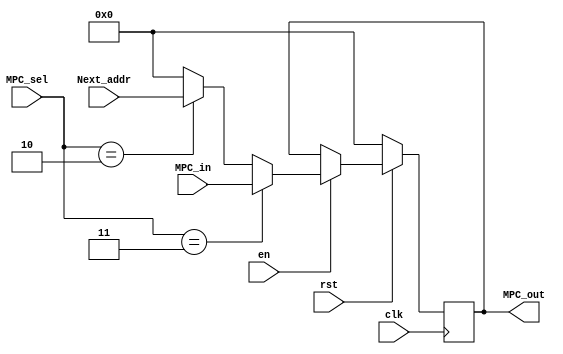
`timescale 1ns / 1ps
//////////////////////////////////////////////////////////////////////////////////
// Company: 
// Engineer: 
// 
// Design Name: 
// Module Name: MPC
// Project Name: 
// Target Devices: 
// Tool Versions: 
// Description: 
// 
// Dependencies: 
// 
// Revision:
// Revision 0.01 - File Created
// Additional Comments:
// 
//////////////////////////////////////////////////////////////////////////////////


module MPC(
    input clk,
    input rst,
    input en,
    input [1:0] MPC_sel,
    input [15:0] MPC_in,
    input [15:0] Next_addr,
    output reg [15:0] MPC_out
    );
    
//    reg [15:0] MPC;
//    always @(MPC)
//    begin
//        MPC_out = MPC;
//    end

    initial
    begin
    MPC_out = 16'b0000000000000000;
    end
    
    always @(posedge clk)
    begin
        if(rst == 0) MPC_out = 16'b0000000000000000;
        else
        begin
            if(en == 1)
            begin
                if(MPC_sel == 2'b11) MPC_out = MPC_in;
                else if(MPC_sel == 2'b10) MPC_out = Next_addr;
                else MPC_out = 16'b0000000000000000;
            end
        end
    end
endmodule